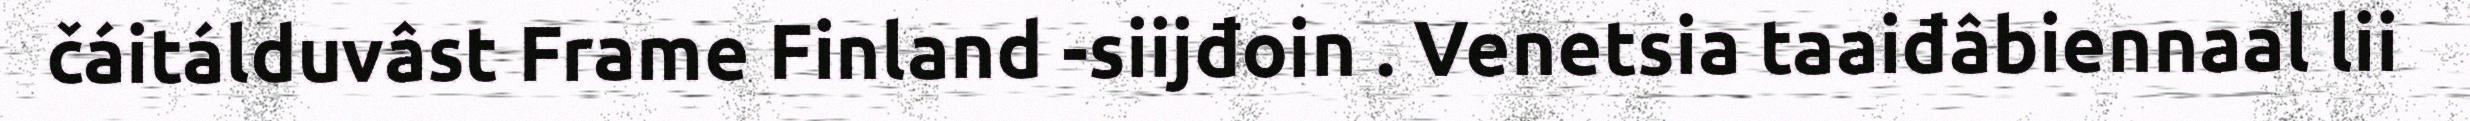
čáitálduvâst Frame Finland -siijđoin . Venetsia taaiđâbiennaal lii